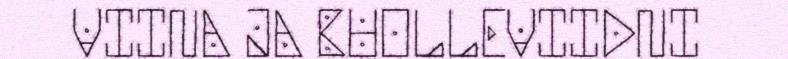
VIINA JA BUOLLEVIIDNI